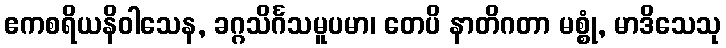
ဧကစရိယနိဝါသေန, ခဂ္ဂသိင်္ဂသမူပမာ၊ တေပိ နာတိဂတာ မစ္စုံ, မာဒိသေသု